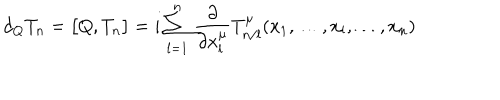
d _ { Q } T _ { n } = \bigl [ Q , T _ { n } \bigr ] = i \sum _ { l = 1 } ^ { n } \frac { \partial } { \partial x _ { l } ^ { \mu } } T _ { n / l } ^ { \mu } ( x _ { 1 } , \ldots , x _ { l } , \ldots , x _ { n } )